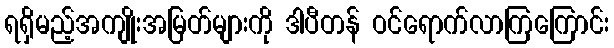
ရရှိမည့်အကျိုးအမြတ်များကို ဒါပီတန် ဝင်ရောက်လာကြကြောင်း